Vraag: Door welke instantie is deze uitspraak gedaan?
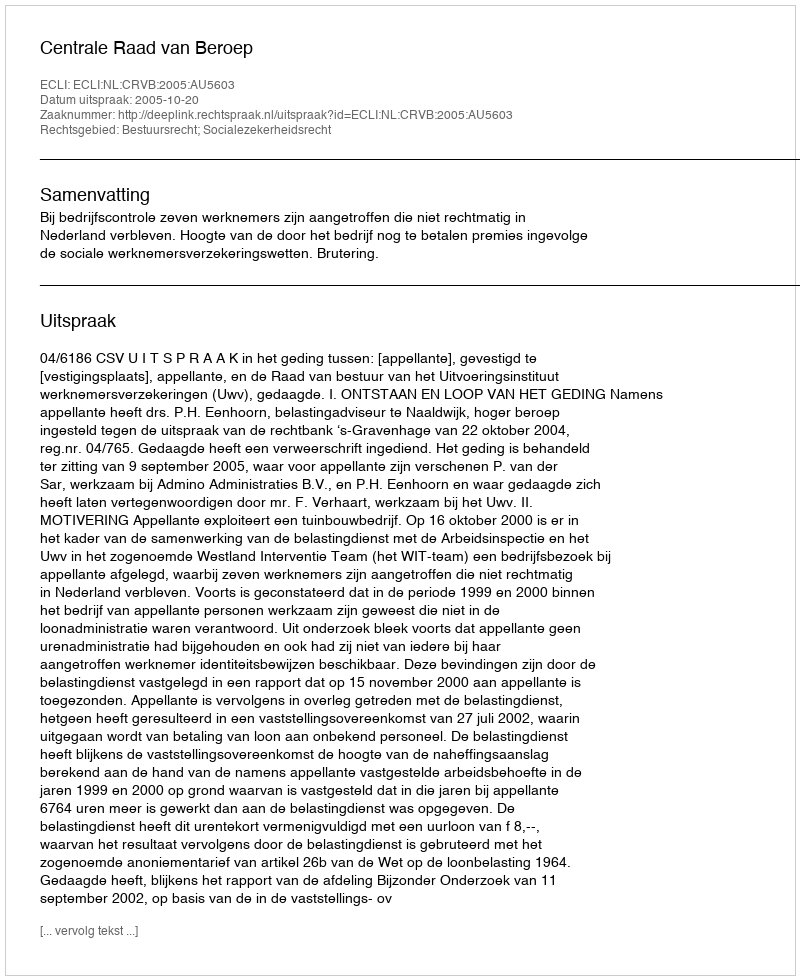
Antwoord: Centrale Raad van Beroep